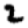
Digit: 2